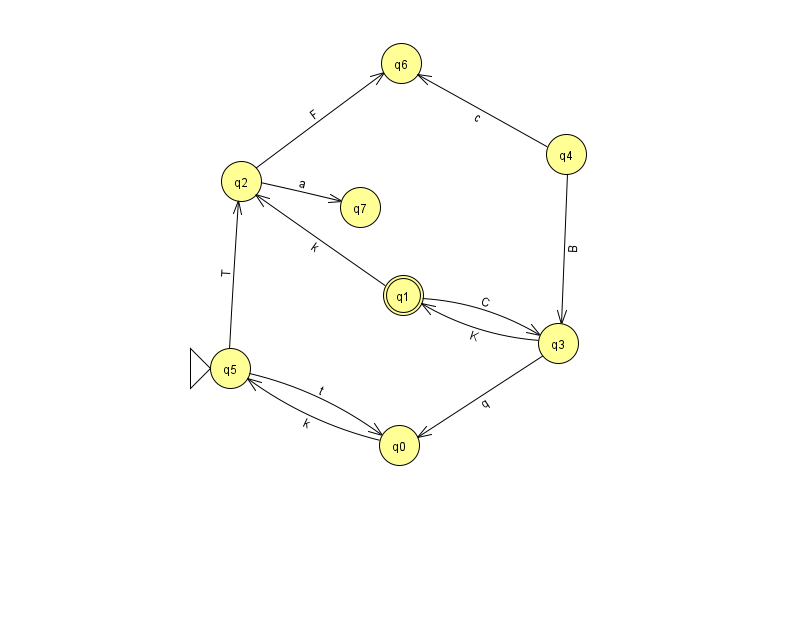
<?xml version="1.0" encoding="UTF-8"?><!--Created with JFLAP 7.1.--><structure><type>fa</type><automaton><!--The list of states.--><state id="0" name="q0"><x>399.0</x><y>432.0</y></state><state id="1" name="q1"><x>403.0</x><y>282.0</y><final/></state><state id="2" name="q2"><x>241.0</x><y>168.0</y></state><state id="3" name="q3"><x>558.0</x><y>330.0</y></state><state id="4" name="q4"><x>566.0</x><y>141.0</y></state><state id="5" name="q5"><x>230.0</x><y>355.0</y><initial/></state><state id="6" name="q6"><x>401.0</x><y>50.0</y></state><state id="7" name="q7"><x>360.0</x><y>194.0</y></state><!--The list of transitions.--><transition><from>5</from><to>2</to><read>T</read></transition><transition><from>3</from><to>0</to><read>q</read></transition><transition><from>4</from><to>6</to><read>c</read></transition><transition><from>0</from><to>5</to><read>k</read></transition><transition><from>3</from><to>1</to><read>K</read></transition><transition><from>4</from><to>3</to><read>B</read></transition><transition><from>2</from><to>7</to><read>a</read></transition><transition><from>1</from><to>3</to><read>C</read></transition><transition><from>5</from><to>0</to><read>t</read></transition><transition><from>1</from><to>2</to><read>k</read></transition><transition><from>2</from><to>6</to><read>F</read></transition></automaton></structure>